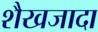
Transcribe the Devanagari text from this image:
शैखजादा